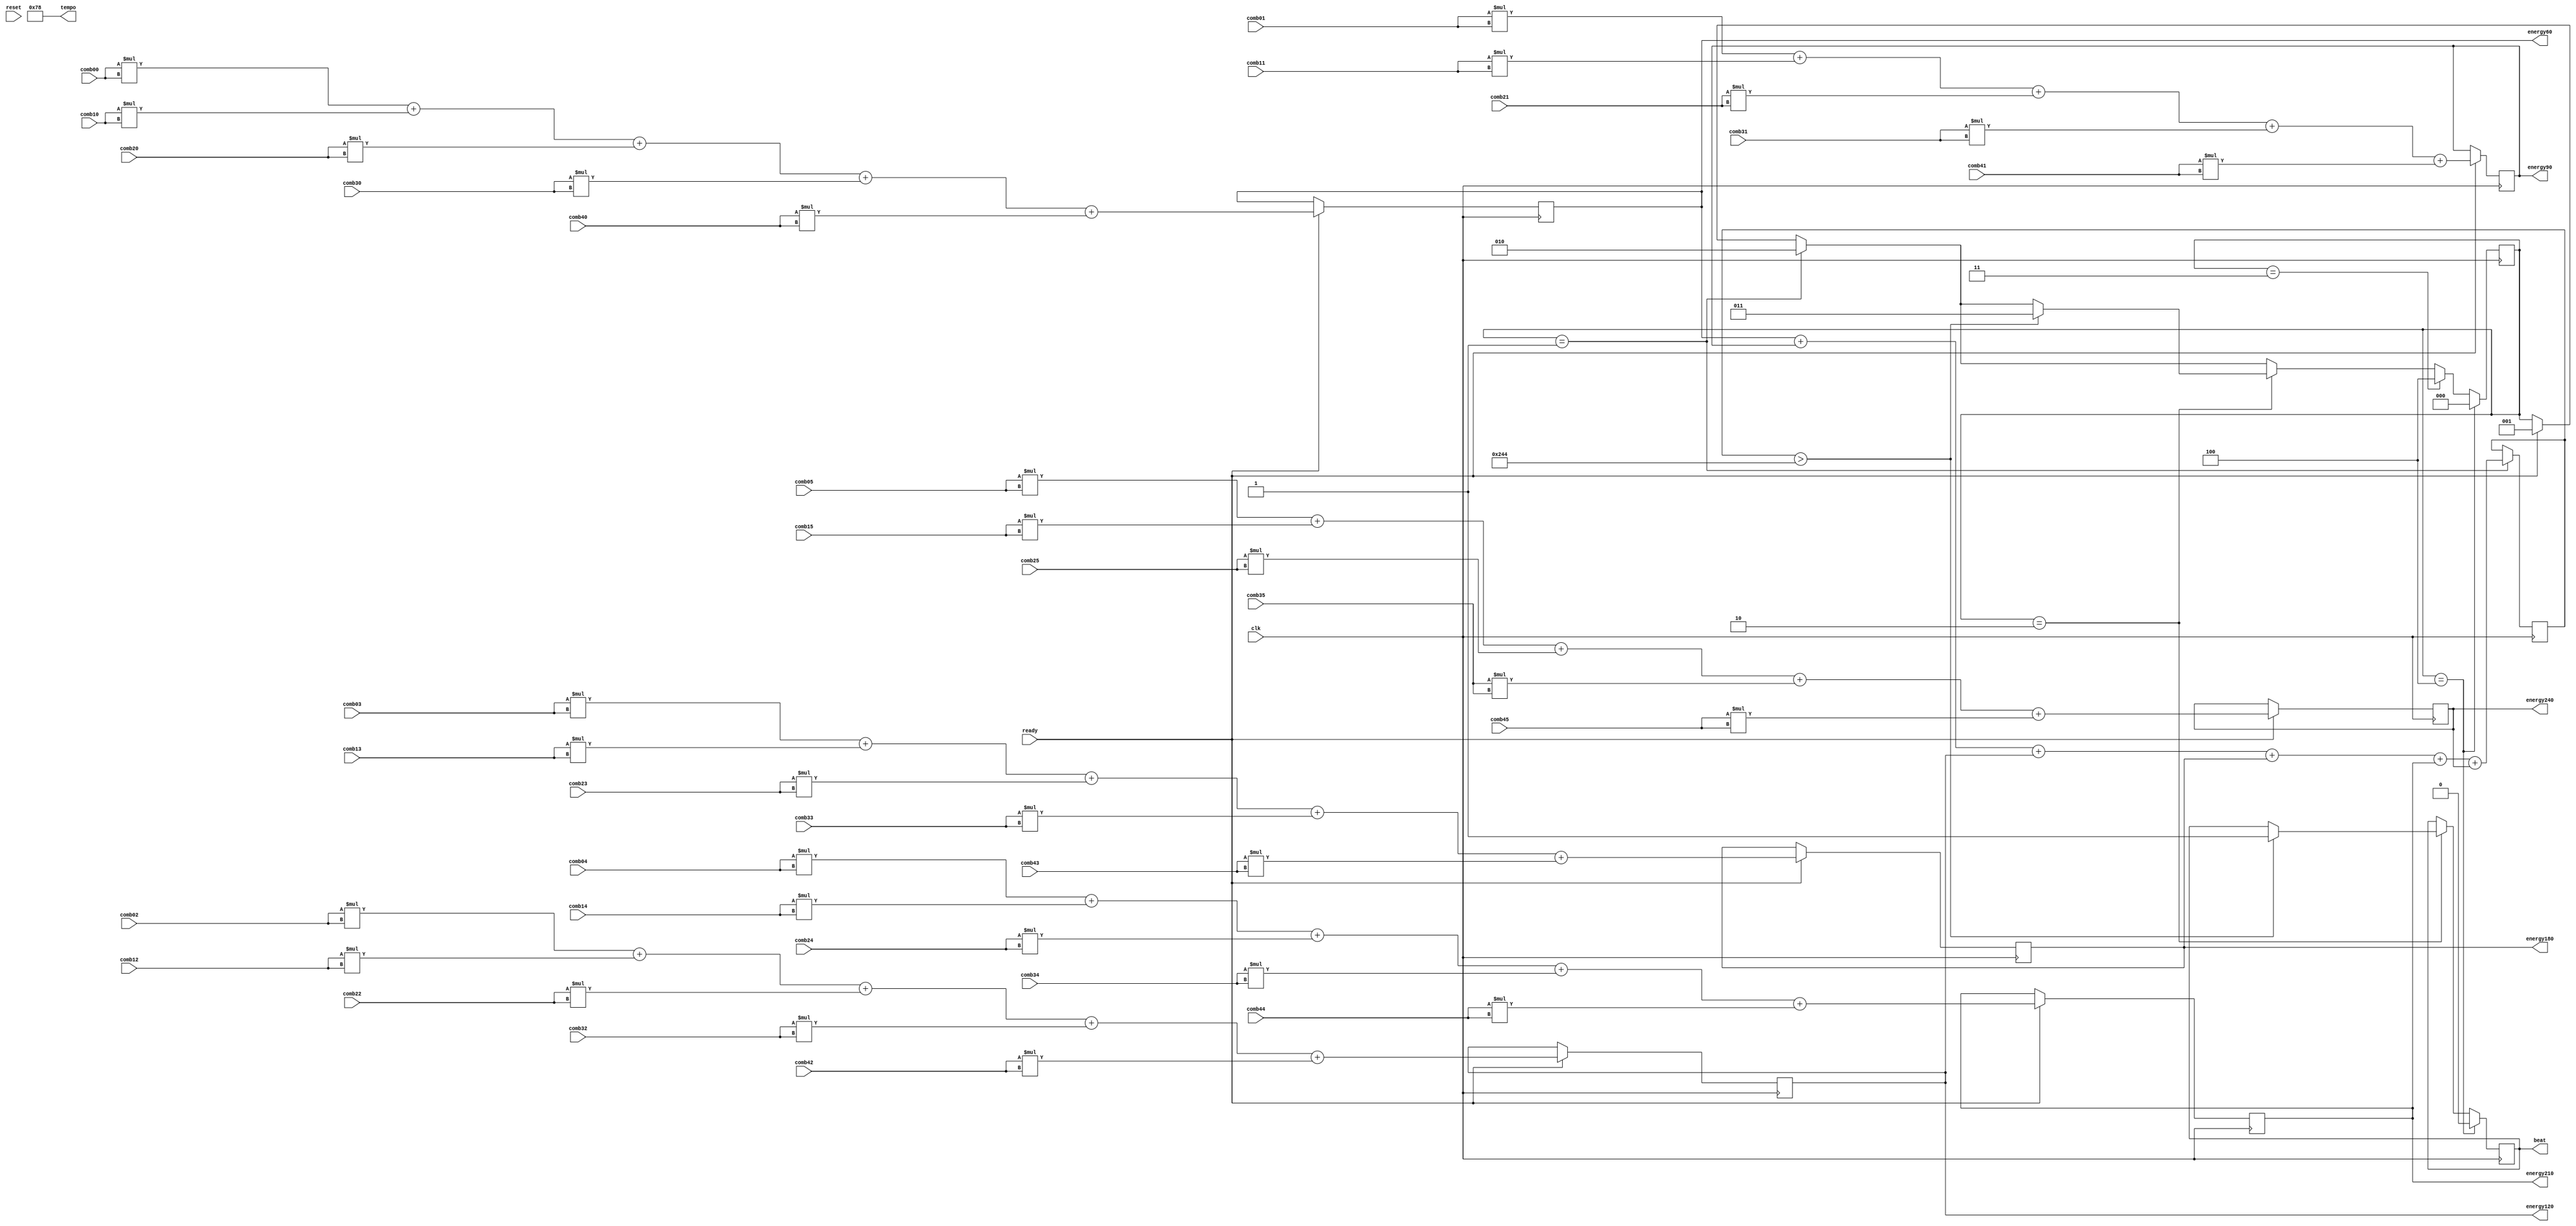
module Peakfinder(
	input clk, ready, reset,
	input signed [7:0]comb00,comb01,comb02,comb03,comb04,comb05,
	input signed [7:0]comb10,comb11,comb12,comb13,comb14,comb15,
	input signed [7:0]comb20,comb21,comb22,comb23,comb24,comb25,
	input signed [7:0]comb30,comb31,comb32,comb33,comb34,comb35,
	input signed [7:0]comb40,comb41,comb42,comb43,comb44,comb45,
	output reg signed [15:0]energy60,energy90,energy120,energy180,energy210,energy240,
	output reg [7:0]tempo,
	output reg beat);
	
	parameter THRESHOLD_ENERGY = 580;
	reg [2:0]tap = 2'd0;
	reg signed [15:0]energy;
	
//	reg signed [15:0]energy60 = 16'd0;
//	reg signed [15:0]energy90 = 16'd0;
//	reg signed [15:0]energy120 = 16'd0;
//	reg signed [15:0]energy180 = 16'd0;
//	reg signed [15:0]energy210 = 16'd0;
//	reg signed [15:0]energy240 = 16'd0;
	
	initial tempo = 8'd120;
	
	always @(posedge clk)
		begin
		if (ready)
			begin
			//calculate energy this byte for each tempo
			energy60 <= (comb00*comb00) + (comb10*comb10) 
			+ (comb20*comb20) + (comb30*comb30) 
			+ (comb40*comb40);
			
			energy90 <= (comb01*comb01) + (comb11*comb11) 
			+ (comb21*comb21) + (comb31*comb31) 
			+ (comb41*comb41);
				
			energy120 <= (comb02*comb02) + (comb12*comb12) 
			+ (comb22*comb22) + (comb32*comb32) 
			+ (comb42*comb42);
			
			energy180 <= (comb03*comb03) + (comb13*comb13) 
			+ (comb23*comb23) + (comb33*comb33) 
			+ (comb43*comb43);
			
			energy210 <= (comb04*comb04) + (comb14*comb14) 
			+ (comb24*comb24) + (comb34*comb34) 
			+ (comb44*comb44);
			
			energy240 <= (comb05*comb05) + (comb15*comb15) 
			+ (comb25*comb25) + (comb35*comb35) 
			+ (comb45*comb45);
			
			tap <= 1;
			end
		if (tap == 1)
			begin
			energy <= energy60+energy90+energy120+energy180+energy210+energy240;
			tap <= 2;
			end
		if (tap == 2)
			begin
			if (energy > THRESHOLD_ENERGY)
				begin
				beat <= 1;
				tap <= 3;
				end
			end
		if (tap==3)
			begin
			tap <= 4;
			end
		if (tap==4)
			begin
			tap <= 0;
			beat <= 0;
			end
		end
endmodule

module Peakpicker(
	input clk, ready, reset,
	input signed [7:0]comb00,comb01,comb02,comb03,comb04,comb05,
	input signed [7:0]comb10,comb11,comb12,comb13,comb14,comb15,
	input signed [7:0]comb20,comb21,comb22,comb23,comb24,comb25,
	input signed [7:0]comb30,comb31,comb32,comb33,comb34,comb35,
	input signed [7:0]comb40,comb41,comb42,comb43,comb44,comb45,
	output reg signed [21:0]byte_energy60,byte_energy90,byte_energy120,byte_energy180,byte_energy210,byte_energy240,
	output reg [7:0]tempo,
	output reg beat);
	
	
	reg signed [21:0]energy60 = 0;
	reg signed [21:0]energy90 = 0;
	reg signed [21:0]energy120 = 0;
	reg signed [21:0]energy180 = 0;
	reg signed [21:0]energy210 = 0;
	reg signed [21:0]energy240 = 0;
	
//	reg signed [21:0]byte_energy60 = 0;
//	reg signed [21:0]byte_energy90 = 0;
//	reg signed [21:0]byte_energy120 = 0;
//	reg signed [21:0]byte_energy180 = 0;
//	reg signed [21:0]byte_energy210 = 0;
//	reg signed [21:0]byte_energy240 = 0;	
	initial tempo = 8'd0;
	reg [3:0]tap = 0;

	reg signed [21:0]max_energy = 0;
	reg [12:0]counter_max;
	reg [12:0]counter;


		always @(posedge clk)
			begin
			if (reset)
				begin
				energy60 <= 0;
				energy90 <= 0;
				energy120 <= 0;
				energy180 <= 0;
				energy210 <= 0;
				energy240 <= 0;
				tempo <= 0;
				max_energy <= 0;
				counter_max <= 0;
				counter <= 0;
				end
			else if (ready)
				begin
				//calculate energy this byte for each tempo
				byte_energy60 <= (comb00*comb00) + (comb10*comb10) 
				+ (comb20*comb20) + (comb30*comb30) 
				+ (comb40*comb40);
				
				byte_energy90 <= (comb01*comb01) + (comb11*comb11) 
				+ (comb21*comb21) + (comb31*comb31) 
				+ (comb41*comb41);
					
				byte_energy120 <= (comb02*comb02) + (comb12*comb12) 
				+ (comb22*comb22) + (comb32*comb32) 
				+ (comb42*comb42);
				
				byte_energy180 <= (comb03*comb03) + (comb13*comb13) 
				+ (comb23*comb23) + (comb33*comb33) 
				+ (comb43*comb43);
				
				byte_energy210 <= (comb04*comb04) + (comb14*comb14) 
				+ (comb24*comb24) + (comb34*comb34) 
				+ (comb44*comb44);
				
				byte_energy240 <= (comb05*comb05) + (comb15*comb15) 
				+ (comb25*comb25) + (comb35*comb35) 
				+ (comb45*comb45);
				
				tap <= 1;
				end
				
			if (tap==1)
				begin
				//add energy for byte to sum reg
				energy60 <= energy60 + byte_energy60;
				energy90 <= energy90 + byte_energy90;
				energy120 <= energy120 + byte_energy120;
				energy180 <= energy180 + byte_energy180;
				energy210 <= energy210 + byte_energy210;
				energy240 <= energy240 + byte_energy240;
				tap <= 2;
				end
			
				//test if any of these energies is a max, start with higher BPM
				//to prevent picking harmonics
			if (tap==2)
				begin
				if (energy240>max_energy) 
					begin
					tempo <= 240;
					max_energy <= energy240;
					end
				tap <= 3;
				end
				
			if (tap==3)
				begin
				if (energy210>max_energy)
					begin
					tempo <=210;
					max_energy <= energy210;
					end
				tap <= 4;
				end
				
			if (tap==4)
				begin
				if (energy180>max_energy)
					begin
					tempo <=180;
					max_energy <= energy180;
					end
				tap <= 5;
				end
			
			if (tap==5)
				begin
				if (energy120>max_energy)
					begin
					tempo <=120;
					max_energy <= energy120;
					end
				tap <= 6;
				end
			
			if (tap==6)
				begin
				if (energy90>max_energy)
					begin
					tempo <=90;
					max_energy <= energy90;
					end
				tap <= 7;
				end
			
			if (tap==7)
				begin
				if (energy60>max_energy)
					begin
					tempo <=60;
					max_energy <= energy60;
					end
				tap <= 8;
				end
			
			if (tap==8)
				begin
				//set counter max based on current tempo
				case(tempo)
					60: counter_max <= 6000;
					90: counter_max <= 4000;
					120: counter_max <= 3000;
					180: counter_max <= 2000;
					210: counter_max <= 1714;
					240: counter_max <= 1500;
				endcase
				tap <= 9;
				end
				
			//set beat high at given tempo
			if (counter == 0)
				begin
				beat <= 1;
				counter <= counter_max;
				end
			else
				begin
				counter <= counter - 1;
				beat <= 0;
				end
				
			end
	
endmodule


	
//	reg [21:0]high_energy = 0;

	

	
	//for now implement non-rolling
	//mybram #(.LOGSIZE(MEM_LOGSIZE),.WIDTH(MEM_WIDTH))
	//	mybram1(.addr(addr),.clk(clock),.din(memin),.dout(memout),.we(we));
		
				
				//pick tempo with highest energy
//				if (energy60>energy90 && energy60>energy120 && energy60>energy180 && energy60>energy210 && energy60>energy240)
//					tempo <= 60;
//				if (energy90>energy60 && energy90>energy120 && energy90>energy180 && energy90>energy210 && energy90>energy240)
//					tempo <= 90;
//				if (energy120>energy60 && energy120>energy90 && energy120>energy180 && energy120>energy210 && energy120>energy240)
//					tempo <= 120;
//				if (energy180>energy60 && energy180>energy90 && energy180>energy120 && energy180>energy210 && energy180>energy240)
//					tempo <= 180;
//				if (energy210>energy60 && energy210>energy90 && energy210>energy120 && energy210>energy180 && energy210>energy240)
//					tempo <= 210;
//				if (energy240>energy60 && energy240>energy90 && energy240>energy120 && energy240>energy180 && energy240>energy210)
//					tempo <= 240;
//				
//				case(tempo)
//					60: high_energy <= byte_energy60;
//					90: high_energy <= byte_energy90;
//					120: high_energy <= byte_energy120;
//					180: high_energy <= byte_energy180;
//					210: high_energy <= byte_energy210;
//					240: high_energy <= byte_energy240;
//				endcase
//				
//				if (high_energy > max_energy) beat <= 1;
//				else beat <= 0;